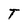
Character: T